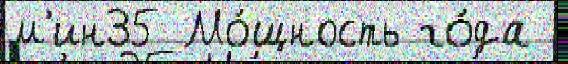
м'ин35 Мо́щность го́да